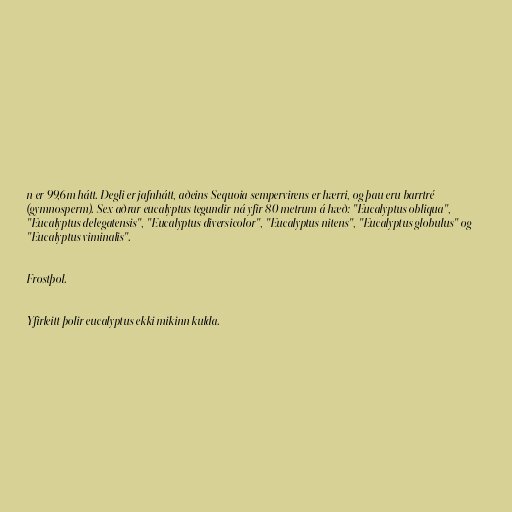
n er 99,6m hátt. Degli er jafnhátt, aðeins Sequoia sempervirens er hærri, og þau eru barrtré
(gymnosperm). Sex aðrar eucalyptus tegundir ná yfir 80 metrum á hæð: "Eucalyptus obliqua",
"Eucalyptus delegatensis", "Eucalyptus diversicolor", "Eucalyptus nitens", "Eucalyptus globulus" og
"Eucalyptus viminalis".

Frostþol.

Yfirleitt þolir eucalyptus ekki mikinn kulda.